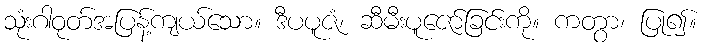
သုံးဂါဝုတ်အပြန့်ကျယ်သော။ ဒီပပူဇံ၊ ဆီမီးပူဇော်ခြင်းကို။ ကတွာ၊ ပြု၍။